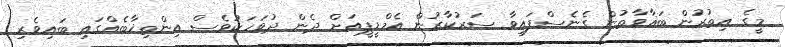
މީގެ އިތުރުން ބަޣާވާތުން ގެނެސްފައިވާ ސަރުކާރުން އެމްޑީޕީއަށް ދެން ދުވަހަކުވެސް އިންތިޚާބެއްގައި ބައިވެރި